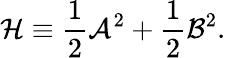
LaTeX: {\cal H}\equiv{\frac{1}{2}}{\cal A}^{2}+{\frac{1}{2}}{\cal B}^{2}.